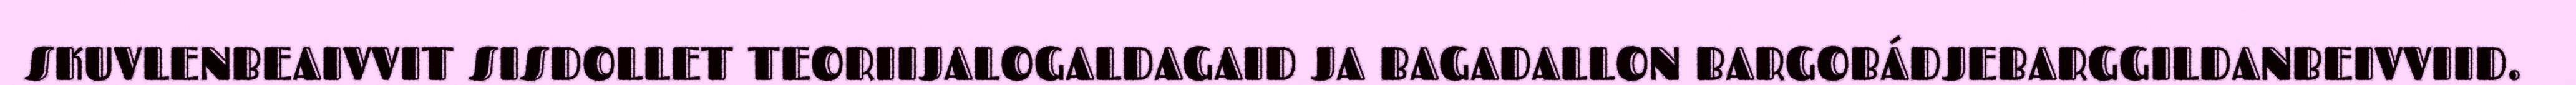
SKUVLENBEAIVVIT SISDOLLET TEORIIJALOGALDAGAID JA BAGADALLON BARGOBÁDJEBARGGILDANBEIVVIID.